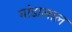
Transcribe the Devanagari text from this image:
गांडालाल